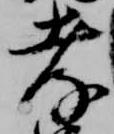
孝